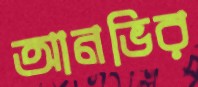
আনভির